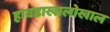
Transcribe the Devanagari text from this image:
हावडाखालोखाल